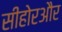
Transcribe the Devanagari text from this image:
सीहोरऔर